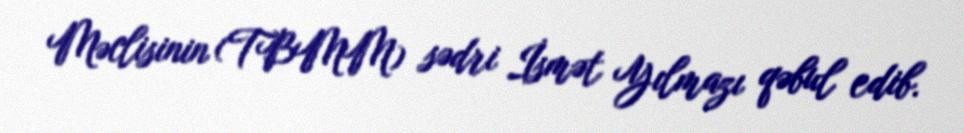
Məclisinin (TBMM) sədri İsmət Yılmazı qəbul edib.